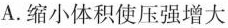
A.缩小体积使压强增大